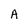
Character: A